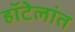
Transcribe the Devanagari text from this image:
हॉटेलांत